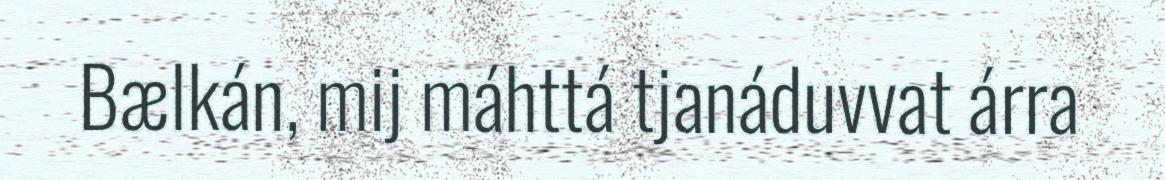
Bælkán, mij máhttá tjanáduvvat árra